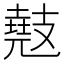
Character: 𫾤